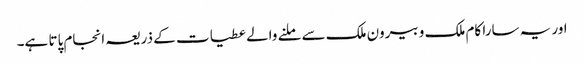
اور یہ سارا کام ملک و بیرون ملک سے ملنے والے عطیات کے ذریعہ انجام پاتا ہے۔